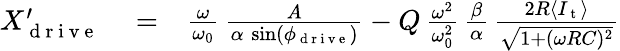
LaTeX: \begin{array}{rlr}{X_{\mathrm{~d~r~i~v~e~}}^{\prime}}&{{}=}&{\frac{\omega}{\omega_{0}}\, \frac{A}{\alpha\, \sin(\phi_{\mathrm{~d~r~i~v~e~}})}-Q\, \frac{\omega^{2}}{\omega_{0}^{2}}\, \frac{\beta}{\alpha}\, \frac{2R\langle I_{\mathrm{~t~}}\rangle}{\sqrt{1+(\omega RC)^{2}}}}\end{array}